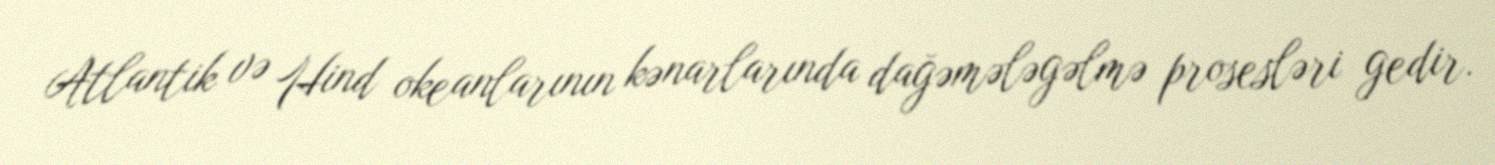
Atlantik və Hind okeanlarının kənarlarında dağəmələgəlmə prosesləri gedir.